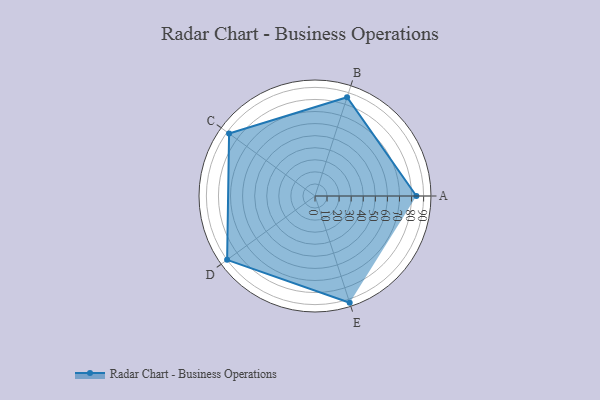
{"axis": {"x": "Skill", "y": "Score"}, "legend": ["Profile"], "data": [{"x": "A", "y": 84.0, "type": "Profile"}, {"x": "B", "y": 86.0, "type": "Profile"}, {"x": "C", "y": 88.0, "type": "Profile"}, {"x": "D", "y": 90.0, "type": "Profile"}, {"x": "E", "y": 93.0, "type": "Profile"}]}